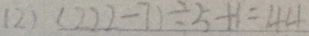
( 2 ) ( 2 2 2 - 7 ) \div 5 + 1 = 4 4